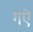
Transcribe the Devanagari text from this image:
गऎ